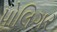
પોલિગર